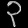
Digit: ၃